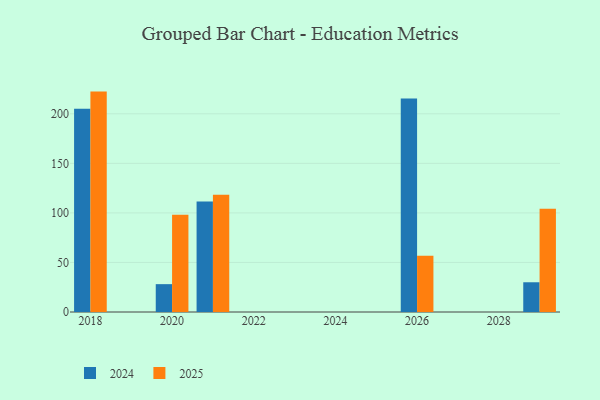
{"axis": {"x": "Year", "y": "Page Views"}, "legend": ["2024", "2025"], "data": [{"x": "2018", "y": 222.4, "type": "2025"}, {"x": "2018", "y": 205.2, "type": "2024"}, {"x": "2020", "y": 98.1, "type": "2025"}, {"x": "2020", "y": 28.1, "type": "2024"}, {"x": "2026", "y": 56.8, "type": "2025"}, {"x": "2026", "y": 215.4, "type": "2024"}, {"x": "2021", "y": 118.4, "type": "2025"}, {"x": "2021", "y": 111.4, "type": "2024"}, {"x": "2029", "y": 104.1, "type": "2025"}, {"x": "2029", "y": 30.0, "type": "2024"}]}